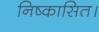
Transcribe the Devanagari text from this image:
निष्कासित।